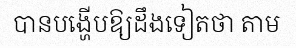
បានបង្ហើបឱ្យដឹងទៀតថា តាម